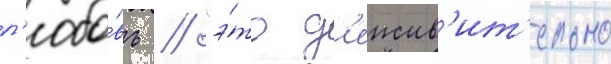
л'юбо́вь // "э́то д'еиств'ит'ельно